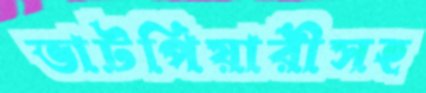
ভাটপিয়ারীসহ